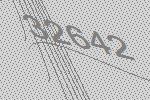
32642